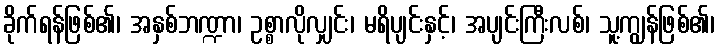
ခိုက်ရန်ဖြစ်၏၊ အနှစ်ဘဏ္ဍာ၊ ဥစ္စာလိုလျှင်း၊ မရိပျင်းနှင့်၊ အပျင်းကြီးလစ်၊ သူ့ကျွန်ဖြစ်၏၊